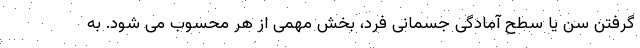
گرفتن سن یا سطح آمادگی جسمانی فرد، بخش مهمی از هر محسوب می شود. به